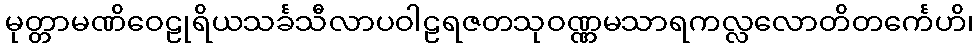
မုတ္တာမဏိဝေဠုရိယသင်္ခသီလာပဝါဠရဇတသုဝဏ္ဏမသာရကလ္လလောတိတင်္ကေဟိ၊